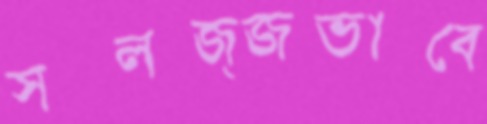
সলজ্জভাবে